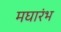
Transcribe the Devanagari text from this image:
मघारंभ